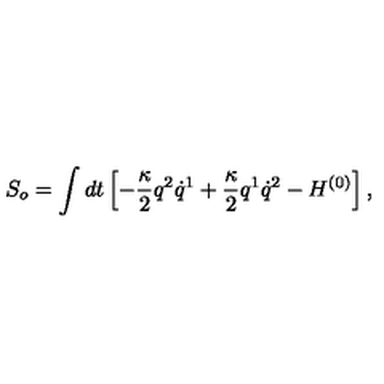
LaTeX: S _ { o } = \int d t \left[ - \frac { \kappa } { 2 } q ^ { 2 } \dot { q } ^ { 1 } + \frac { \kappa } { 2 } q ^ { 1 } \dot { q } ^ { 2 } - H ^ { ( 0 ) } \right] ,